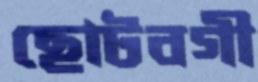
ছোটবগী